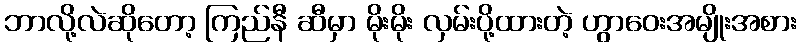
ဘာလို့လဲဆိုတော့ ကြည်နီ ဆီမှာ မိုးမိုး လှမ်းပို့ထားတဲ့ ဟွာဝေးအမျိုးအစား